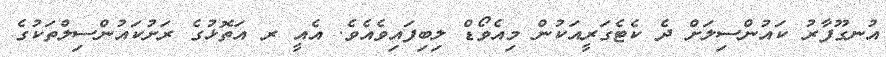
އުނގޫފާރު ކައުންސިލަށް ދެ ކެޓެގަރީއަކުން މިއެވޯޑް ލިބިފައިވެއެވެ. އެއީ ރ އަތޮޅުގެ ރަށުކައުންސިލްތަކުގެ